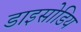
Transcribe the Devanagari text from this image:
डाइसोडिय